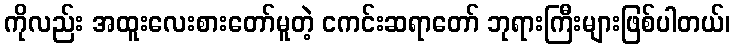
ကိုလည်း အထူးလေးစားတော်မူတဲ့ ငကင်းဆရာတော် ဘုရားကြီးများဖြစ်ပါတယ်၊